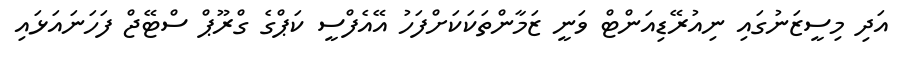
އަދި މިސީޒަނުގައި ނިއުރޭޑިއަންޓް ވަނީ ޒަމާންތަކަކަށްފަހު އޭއެފްސީ ކަޕްގެ ގްރޫޕް ސްޓޭޖް ފަހަނައަޅައި